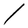
Character: l